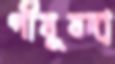
পীযূষদা